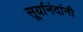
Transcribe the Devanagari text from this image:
सूर्यानंदांनी